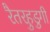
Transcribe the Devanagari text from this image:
रैतरहुडुगी